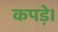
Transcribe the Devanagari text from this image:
कपड़े।